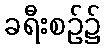
ခရီးစဉ်၌